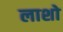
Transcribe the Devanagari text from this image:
लाशो